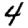
Digit: 4